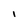
Character: I